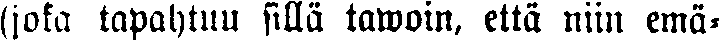
(joka tapahtuu sillä tawoin, että niin emä-